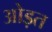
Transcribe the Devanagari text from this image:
ओड़त